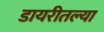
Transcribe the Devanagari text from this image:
डायरीतल्या